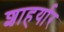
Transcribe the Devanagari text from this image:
शाहर्यार